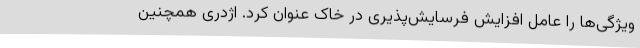
ویژگی‌ها را عامل افزایش فرسایش‌پذیری در خاک عنوان کرد. اژدری همچنین